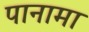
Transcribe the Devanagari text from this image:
पानामा